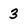
Character: 3